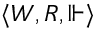
\langle W , R , \Vdash \rangle